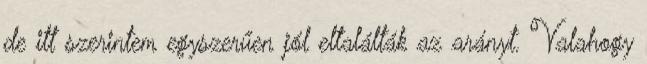
de itt szerintem egyszerűen jól eltalálták az arányt. Valahogy